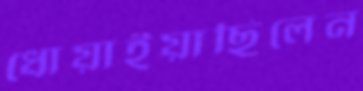
ধোয়াইয়াছিলেন